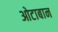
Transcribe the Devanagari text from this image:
ओटाबान